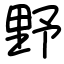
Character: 野